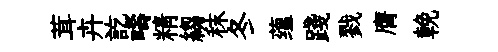
茸卉訖疇精縐秣冬蕴踐戮膺輓